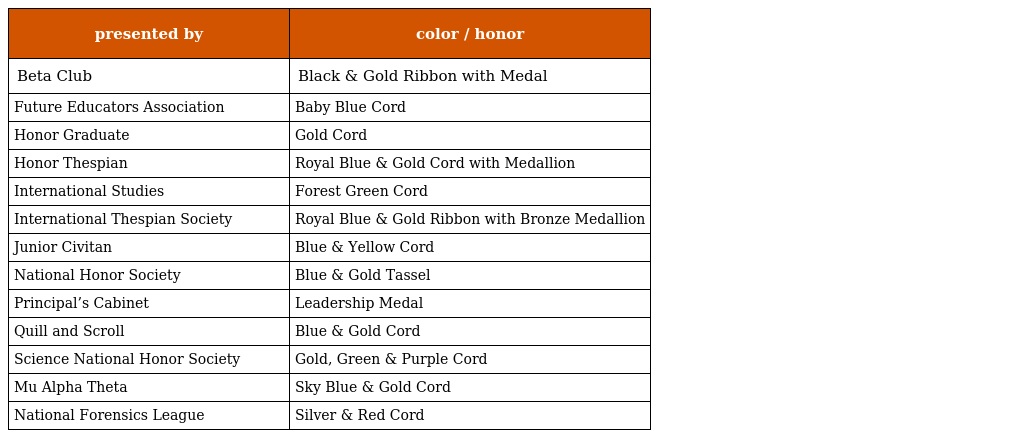
| presented by | color / honor |
 | --- | --- |
 | Beta Club | Black & Gold Ribbon with Medal |
 | Future Educators Association | Baby Blue Cord |
 | Honor Graduate | Gold Cord |
 | Honor Thespian | Royal Blue & Gold Cord with Medallion |
 | International Studies | Forest Green Cord |
 | International Thespian Society | Royal Blue & Gold Ribbon with Bronze Medallion |
 | Junior Civitan | Blue & Yellow Cord |
 | National Honor Society | Blue & Gold Tassel |
 | Principal’s Cabinet | Leadership Medal |
 | Quill and Scroll | Blue & Gold Cord |
 | Science National Honor Society | Gold, Green & Purple Cord |
 | Mu Alpha Theta | Sky Blue & Gold Cord |
 | National Forensics League | Silver & Red Cord |